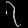
Digit: ၇